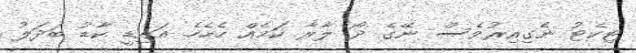
ޓިކެޓު ނެގިއިރުވެސް ނޭގެ ދޯ ލާރާ ކަމެއް ހެހެހެ. އައިޑީ ކާޑު ބަދަލު